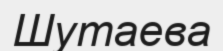
Шутаева